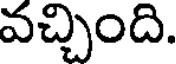
వచ్చింది.